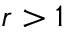
r > 1